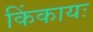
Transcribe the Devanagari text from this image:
किंकायः